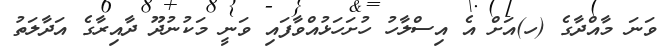
ވަނަ މާއްދާގެ (ހ)އަށް އެ އިސްލާހު ހުށަހަޅުއްވާފައި ވަނީ މަކުނުދޫ ދާއިރާގެ އަދާލަތު